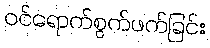
ဝင်ရောက်စွက်ဖက်ခြင်း